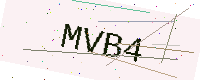
Text: MVB4